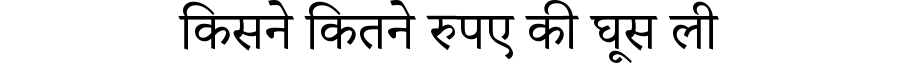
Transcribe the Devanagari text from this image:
किसने कितने रुपए की घूस ली